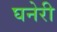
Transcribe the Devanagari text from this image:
घनेरी